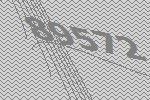
89572